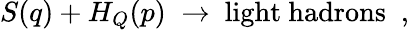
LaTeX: S(q)+H_{Q}(p)\; \to\mathrm{~light~hadrons~}\; ,